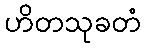
ဟိတသုခတံ